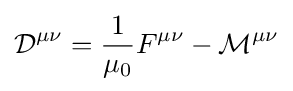
{\mathcal {D}}^{\mu \nu }={\frac {1}{\mu _{0}}}F^{\mu \nu }-{\mathcal {M}}^{\mu \nu }